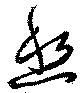
愁